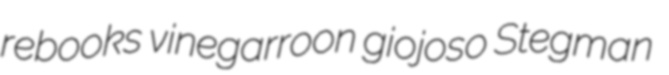
rebooks vinegarroon giojoso Stegman